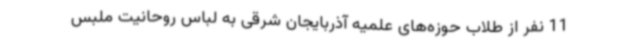
11 نفر از طلاب حوزه‌های علمیه آذربایجان شرقی به لباس روحانیت ملبس